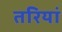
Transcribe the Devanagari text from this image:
तरियां